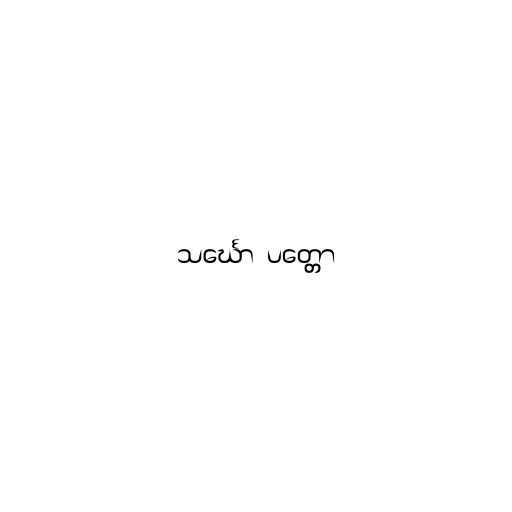
သင်္ဃော  ပတ္တော